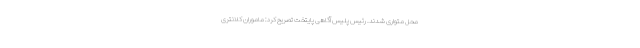
محل متواری شدند. رئیس پلیس آگاهی پایتخت تصریح کرد: ماموران کلانتری